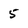
Character: 5